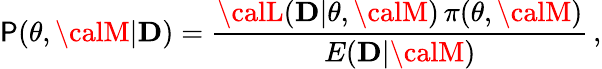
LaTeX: {\cal\mathsf{P}}({\mathbf{\theta}},{\calM}|{\mathbf{D}})={\frac{{{\calL}({\mathbf{D}}|{\mathbf{\theta}},{\calM})\, \pi({\mathbf{\theta}},{\calM})}}{{E({\mathbf{D}}|{\calM})}}}\, ,